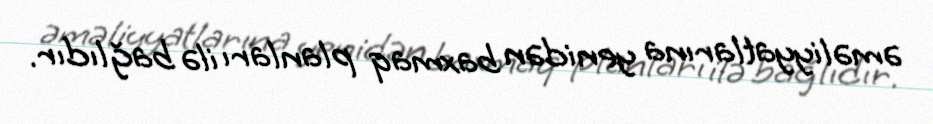
əməliyyatlarına yenidən baxmaq planları ilə bağlıdır.